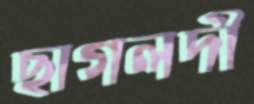
ছাগলদী